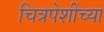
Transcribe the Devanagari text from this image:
चित्रपेशींच्या